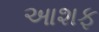
આશફ